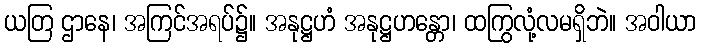
ယတြ ဌာနေ၊ အကြင်အရပ်၌။ အနုဋ္ဌဟံ အနုဋ္ဌဟန္တော၊ ထကြွလုံ့လမရှိဘဲ။ အဝါယာ